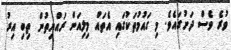
ވުރެ ވެސް ދަށުގައެވެ. މި ގައުމުތަކުގައި އެތައް މިލިއަން ރައްޔިތުން ތިބި އިރު